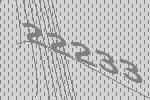
22233